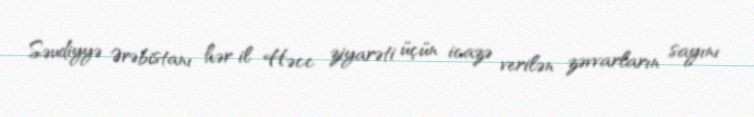
Səudiyyə Ərəbistanı hər il Həcc ziyarəti üçün icazə verilən zəvvarların sayını